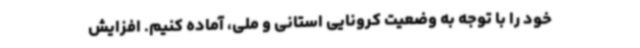
خود را با توجه به وضعیت کرونایی استانی و ملی، آماده کنیم. افزایش